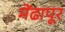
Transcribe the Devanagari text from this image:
मेंढापूर